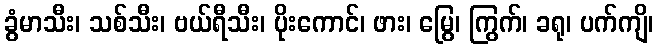
ခွံမာသီး၊ သစ်သီး၊ ဗယ်ရီသီး၊ ပိုးကောင်၊ ဖား၊ မြွေ၊ ကြွက်၊ ခရု၊ ပက်ကျိ၊